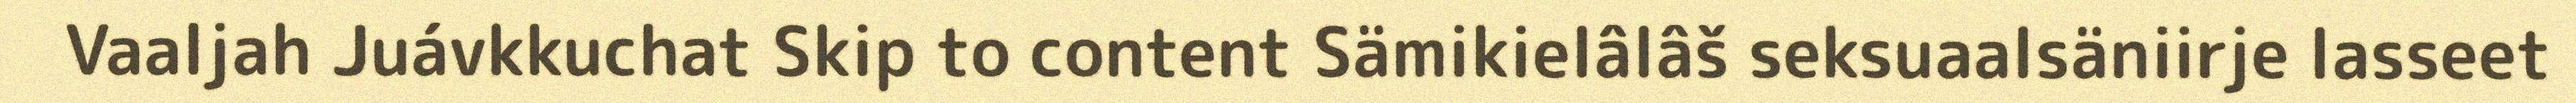
Vaaljah Juávkkuchat Skip to content Sämikielâlâš seksuaalsäniirje lasseet